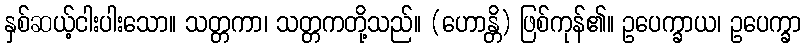
နှစ်ဆယ့်ငါးပါးသော။ သတ္တကာ၊ သတ္တကတို့သည်။ (ဟောန္တိ) ဖြစ်ကုန်၏။ ဥပေက္ခာယ၊ ဥပေက္ခာ